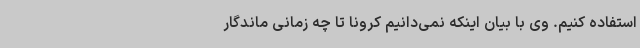
استفاده کنیم. وی با بیان اینکه نمی‌دانیم کرونا تا چه زمانی ماندگار